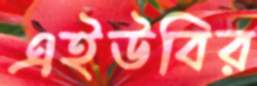
এইউবির